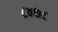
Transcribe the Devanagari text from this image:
८४७८